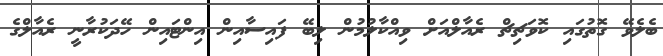
ބެލެވޭ ގޮތުގައި ކޮވަޗިޗް ރެއާލްއަށް ވިއްކާލުމުން ލިބޭ ފައިސާއިން އިންޓައިން ހޭދަކުރާނީ ރެއާލްގެ